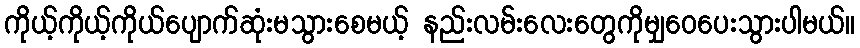
ကိုယ့်ကိုယ့်ကိုယ်ပျောက်ဆုံးမသွားစေမယ့် နည်းလမ်းလေးတွေကိုမျှဝေပေးသွားပါမယ်။